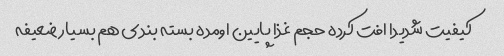
کیفیت شدیدا افت کرده حجم غذا پایین اومده بسته بندی هم بسیار ضعیفه